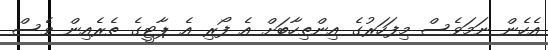
އެހެން ނަމަވެސް މިފަހަރުގެ އިންތިހާބަށް އެ ފޯރި އެ ޕާޓީގެ ތެެރެއިން ވެސް